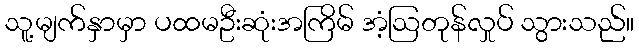
သူ့မျက်နှာမှာ ပထမဦးဆုံးအကြိမ် အံ့ဩတုန်လှုပ် သွားသည်။